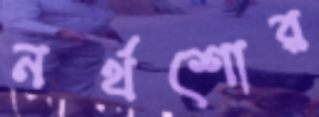
নর্থশোর